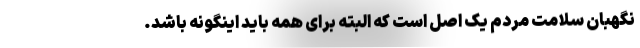
نگهبان سلامت مردم یک اصل است که البته برای همه باید اینگونه باشد.